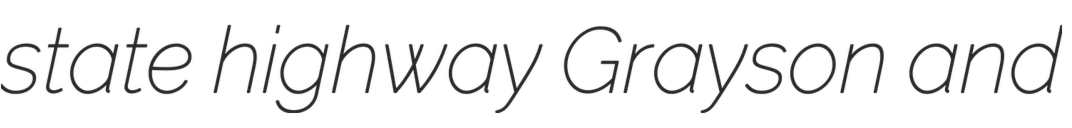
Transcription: state highway Grayson and